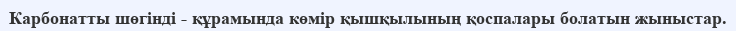
Карбонатты шөгінді - құрамында көмір қышқылының қоспалары болатын жыныстар.